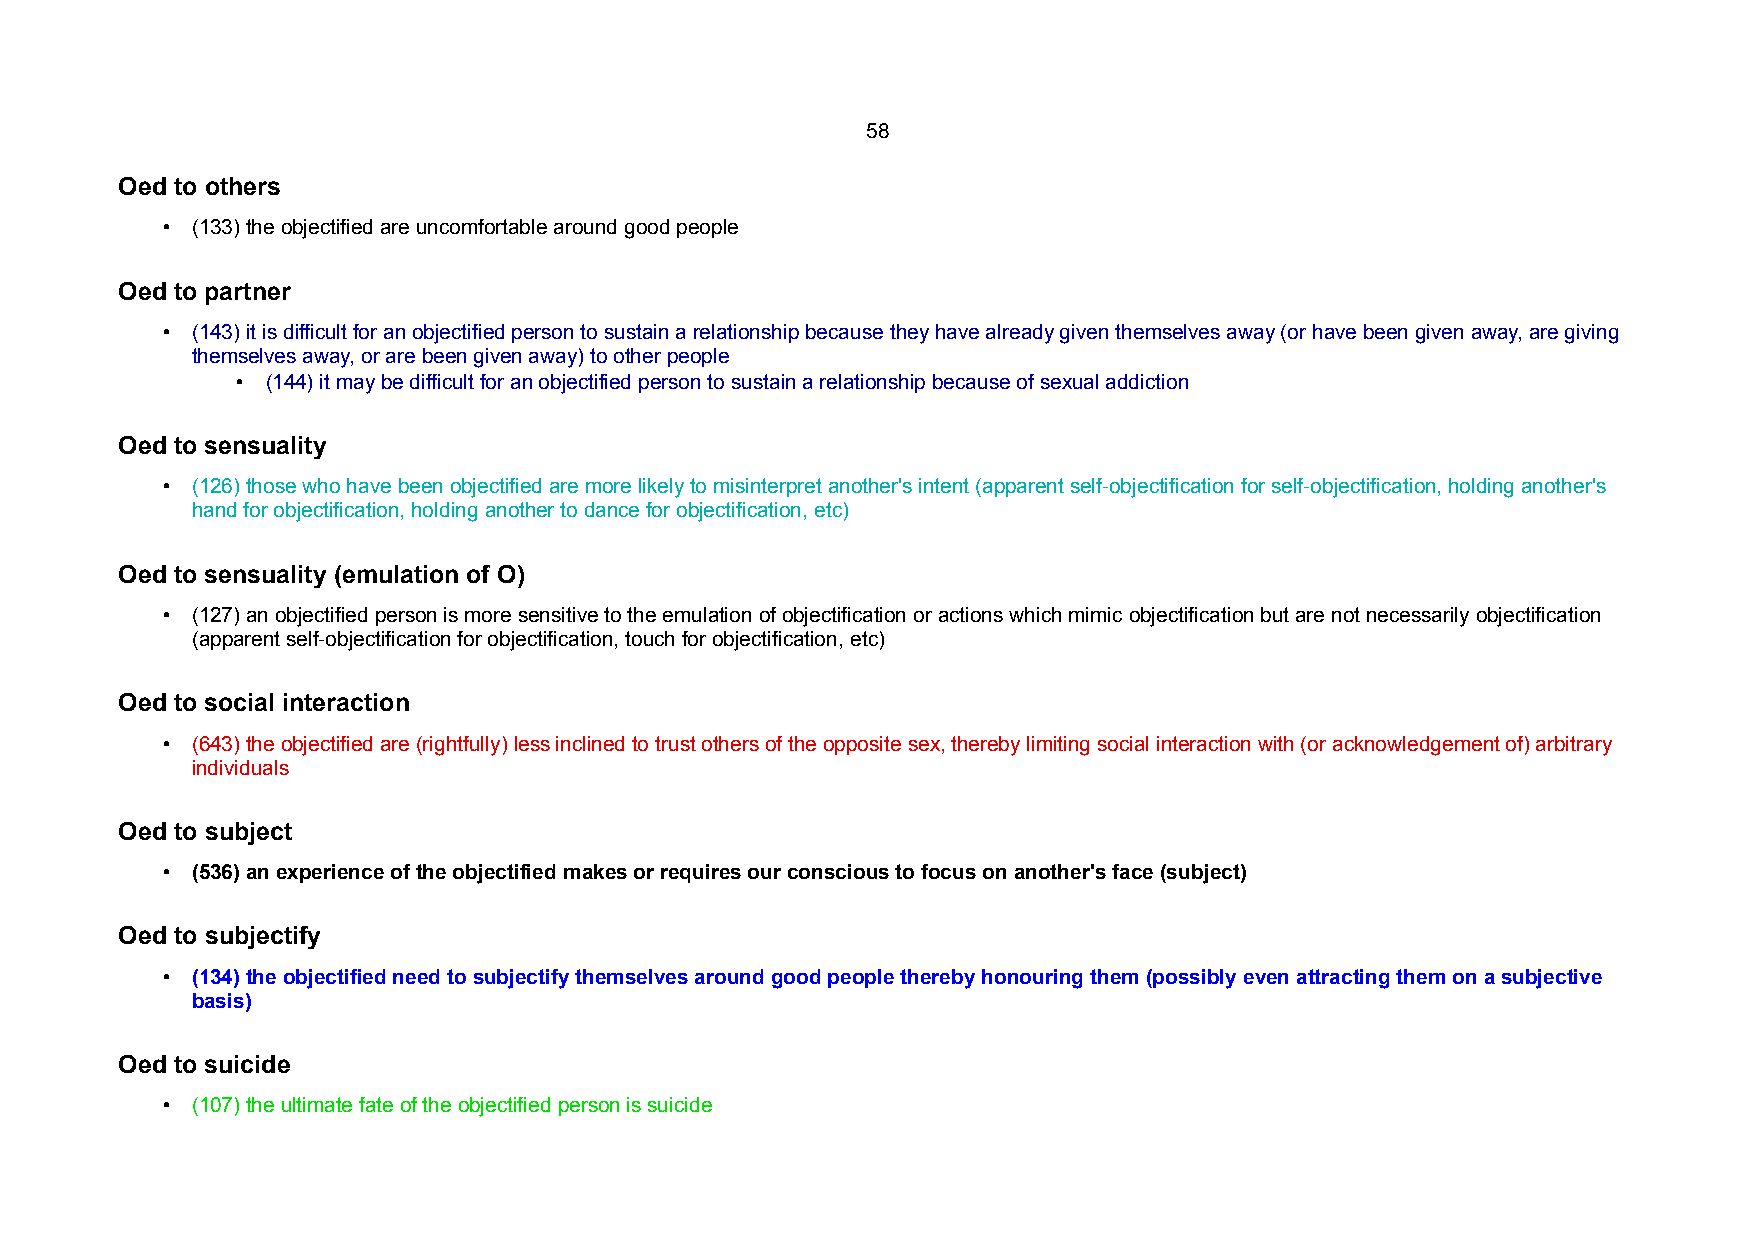
58
 Oed to others
 • (133) the objectified are uncomfortable around good people
 Oed to partner
 • (143) it is difficult for an objectified person to sustain a relationship because they have already given themselves away (or have been given away, are giving
 themselves away, or are been given away) to other people
 • (144) it may be difficult for an objectified person to sustain a relationship because of sexual addiction
 Oed to sensuality
 • (126) those who have been objectified are more likely to misinterpret another's intent (apparent self-objectification for self-objectification, holding another's
 hand for objectification, holding another to dance for objectification, etc)
 Oed to sensuality (emulation of O)
 • (127) an objectified person is more sensitive to the emulation of objectification or actions which mimic objectification but are not necessarily objectification
 (apparent self-objectification for objectification, touch for objectification, etc)
 Oed to social interaction
 • (643) the objectified are (rightfully) less inclined to trust others of the opposite sex, thereby limiting social interaction with (or acknowledgement of) arbitrary
 individuals
 Oed to subject
 • (536) an experience of the objectified makes or requires our conscious to focus on another's face (subject)
 Oed to subjectify
 • (134) the objectified need to subjectify themselves around good people thereby honouring them (possibly even attracting them on a subjective
 basis)
 Oed to suicide
 • (107) the ultimate fate of the objectified person is suicide